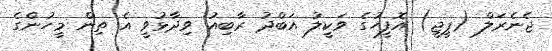
ޖެނެރަލް (ޕީޖީ) އޮފީހުގެ ވަކީލު އަބްދު ރާބިއު ވިދާޅުވީ އެ ތިން މީހުންގެ